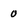
Character: 0